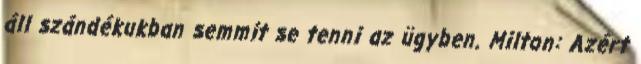
áll szándékukban semmit se tenni az ügyben. Milton: Azért